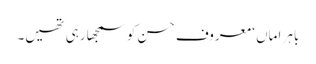
باہر اماں ‘ معروف حسن کو سمجھا رہی تھیں۔